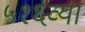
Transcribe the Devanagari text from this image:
५१६व्या